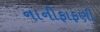
નાનીફાફણી